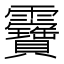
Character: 𩇉